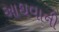
આથવાની